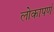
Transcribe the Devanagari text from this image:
लोकापर्ण